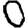
Digit: 0